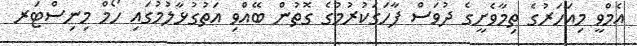
އެމްވީ މިއަހަރުގެ ތިމާވެށީގެ ދުވަސް ފާހަގަކުރުމުގެ ގޮތުން ބޭއްވި އަތުގުޅާލުމުގައި ހޯމް މިނިސްޓަރ